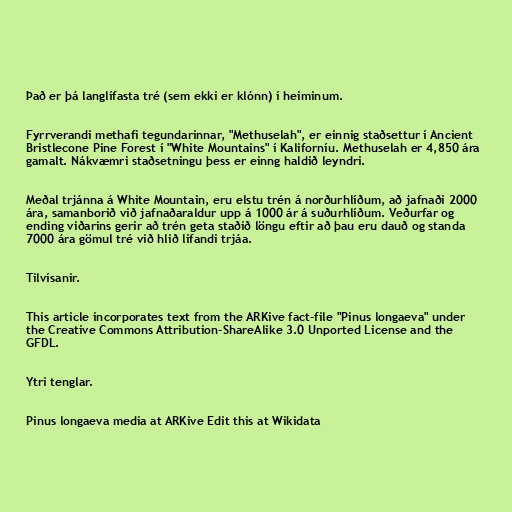
Það er þá langlífasta tré (sem ekki er klónn) í heiminum.

Fyrrverandi methafi tegundarinnar, "Methuselah", er einnig staðsettur í Ancient
Bristlecone Pine Forest í "White Mountains" í Kaliforníu. Methuselah er 4,850 ára
gamalt. Nákvæmri staðsetningu þess er einng haldið leyndri.

Meðal trjánna á White Mountain, eru elstu trén á norðurhlíðum, að jafnaði 2000
ára, samanborið við jafnaðaraldur upp á 1000 ár á suðurhlíðum. Veðurfar og
ending viðarins gerir að trén geta staðið löngu eftir að þau eru dauð og standa
7000 ára gömul tré við hlið lifandi trjáa.

Tilvísanir.

This article incorporates text from the ARKive fact-file "Pinus longaeva" under
the Creative Commons Attribution-ShareAlike 3.0 Unported License and the
GFDL.

Ytri tenglar.

Pinus longaeva media at ARKive Edit this at Wikidata